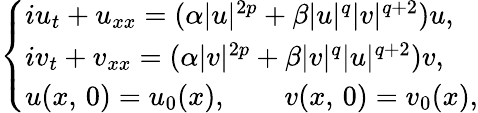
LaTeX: \begin{array}{r}{\left\lbrace\begin{array}{l}{iu_{t}+u_{xx}=(\alpha|u|^{2p}+\beta|u|^{q}|v|^{q+2})u,}\\ {iv_{t}+v_{xx}=(\alpha|v|^{2p}+\beta|v|^{q}|u|^{q+2})v,}\\ {u(x,\, 0)=u_{0}(x),\qquad v(x,\, 0)=v_{0}(x),}\end{array}\right.}\end{array}